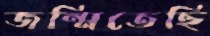
জন্মিতেছি